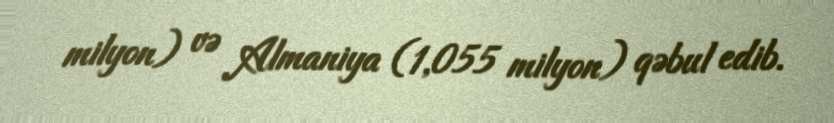
milyon) və Almaniya (1,055 milyon) qəbul edib.